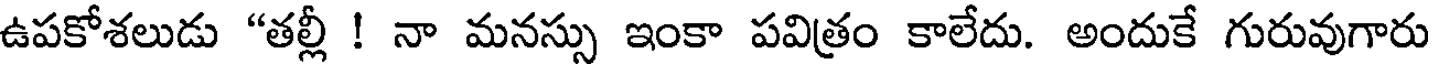
ఉపకోశలుడు "తల్లీ ! నా మనస్సు ఇంకా పవిత్రం కాలేదు. అందుకే గురువుగారు